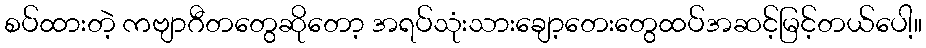
စပ်ထားတဲ့ ကဗျာဂီတတွေဆိုတော့ အရပ်သုံးသားချော့တေးတွေထပ်အဆင့်မြင့်တယ်ပေါ့။